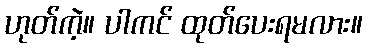
ဟုတ်ကဲ့။ ပါကင် ထုတ်ပေးရမလား။